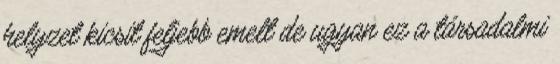
helyzet kicsit feljebb emelt de ugyan ez a társadalmi